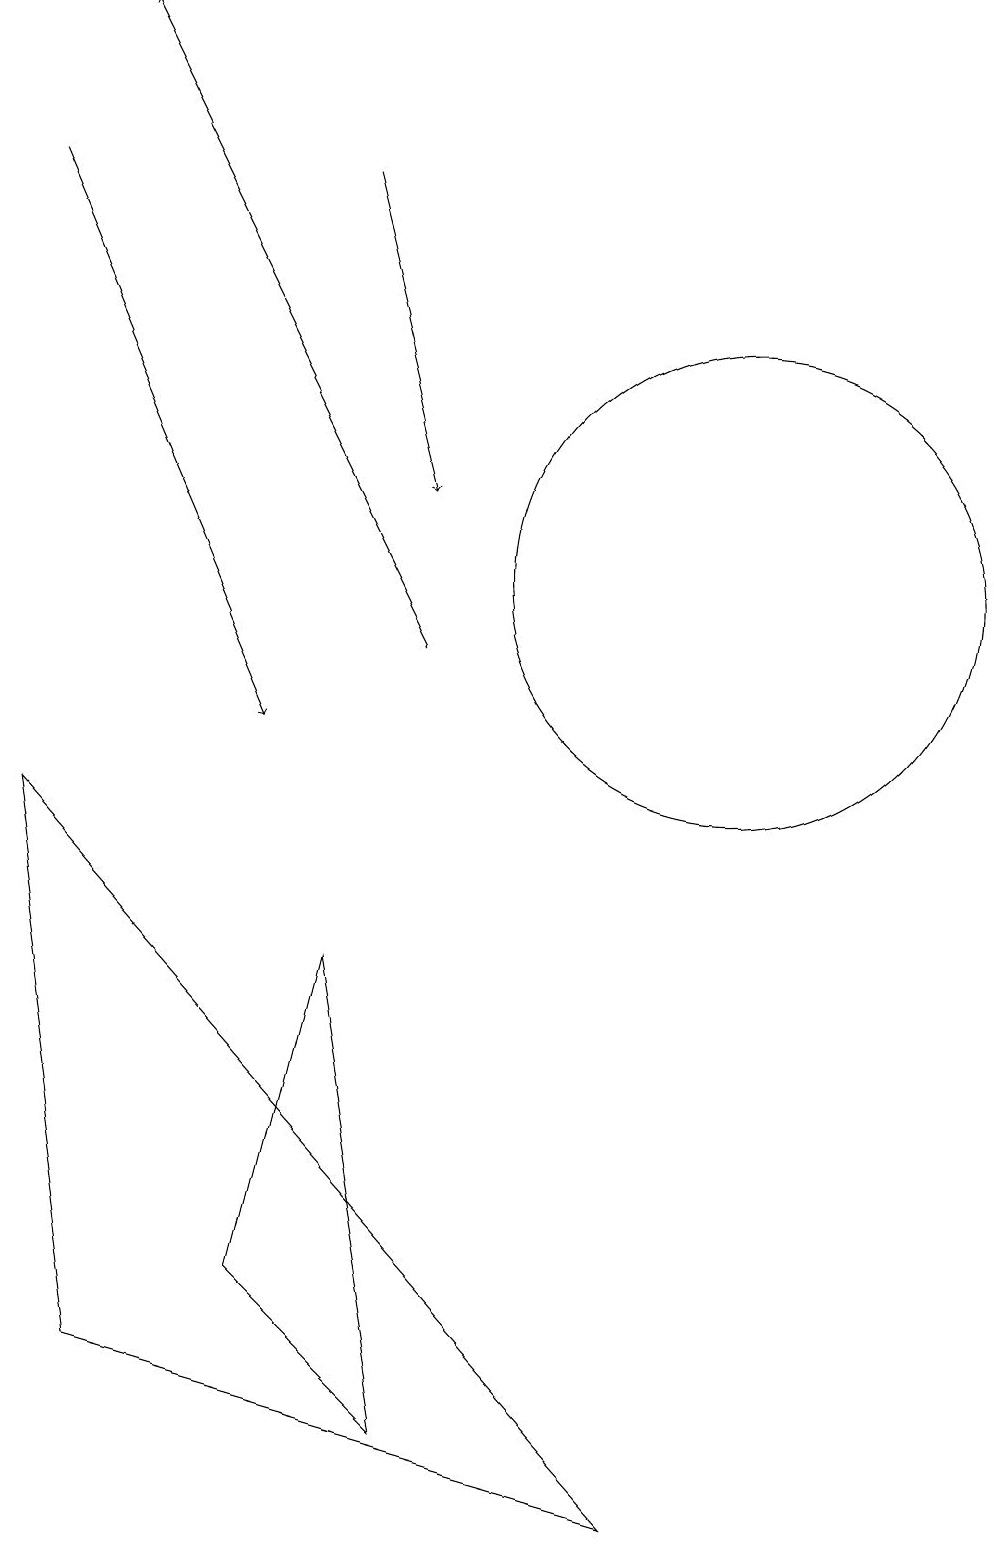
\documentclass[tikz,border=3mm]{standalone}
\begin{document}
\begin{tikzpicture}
\draw (10,12) circle (3);
\draw[->] (1,17) -- (4,10);
\draw[->] (5,17) -- (6,13);
\draw (4,3) -- (6,1) -- (5,7) -- cycle;
\draw[->] (6,11) -- (2,19);
\draw (9,0) -- (1,9) -- (2,2) -- cycle;
\draw (11,11) circle (0);
\draw (11,11) circle (0);
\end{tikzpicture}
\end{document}